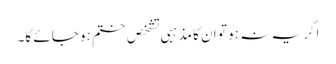
اگر یہ نہ ہو تو ان کا مذہبی تشخص ختم ہو جائے گا۔